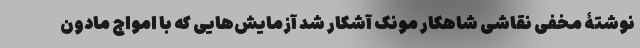
نوشتۀ مخفی نقاشی شاهکار مونک آشکار شد آزمایش‌هایی که با امواج مادون